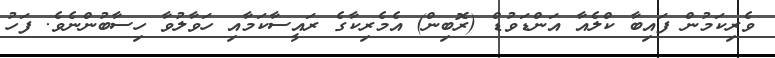
ވެރިކަމުން ފައިބާ ކްލެއާ އަންޑަވުޑް (ރޮބިން) އެމެރިކާގެ ރައީސާކަމާއި ހަވާލުވާ ހިސާބުންނެވެ. ފަހު